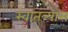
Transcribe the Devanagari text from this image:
स्वातंत्र्यास